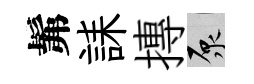
髴誄摶原